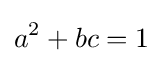
a^{2}+bc=1